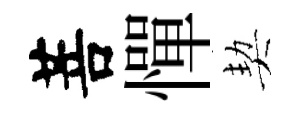
菩憚契